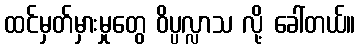
ထင်မှတ်မှားမှုတွေ ဝိပ္ပလ္လာသ လို့ ခေါ်တယ်။